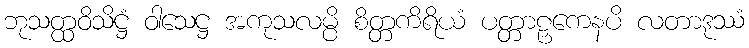
ဘုသတ္ထဝိသိဋ္ဌံ ဝါသေဋ္ဌ အကုသလမ္ပိ စိတ္တကိရိယံ ပတ္တာဠှကေနပိ လတာဒုဿံ